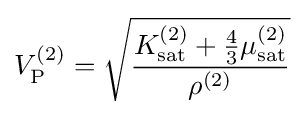
V_{\mathrm {P} }^{(2)}={\sqrt {\frac {K_{\mathrm {sat} }^{(2)}+{\frac {4}{3}}\mu _{\mathrm {sat} }^{(2)}}{\rho ^{(2)}}}}